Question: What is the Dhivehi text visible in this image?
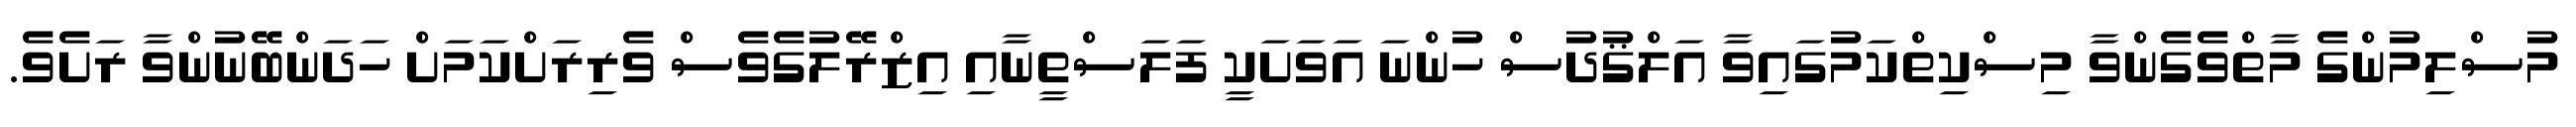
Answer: މުސްލިމުންގެ މާތްވެގެންވާ މިސްކިތްކަމުގައިވާ އަލްޤުދުސް ހުންނަ އަވަށަކީ ފަލަސްތީނާއި އިޒްރޭލުގެވެސް ވެރިރަށްކަމަށް ހަދަންބޭނުންވާ ރަށެވެ.